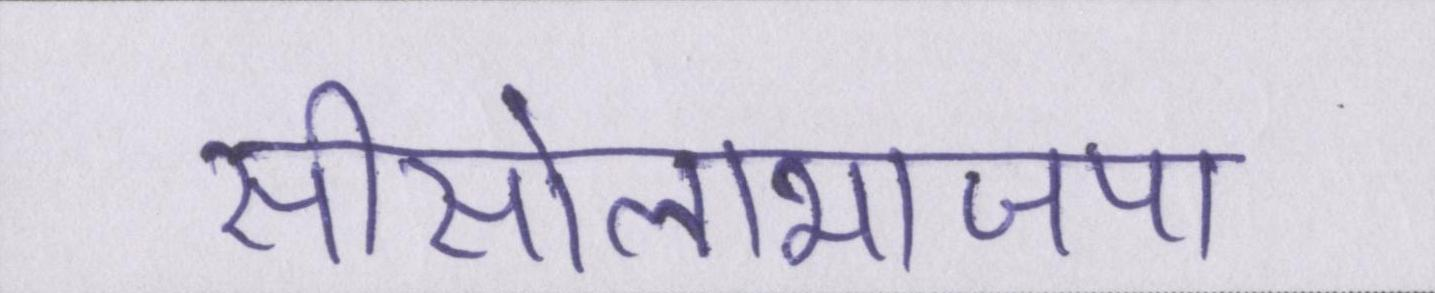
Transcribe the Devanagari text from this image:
सीसोलाभाजपा